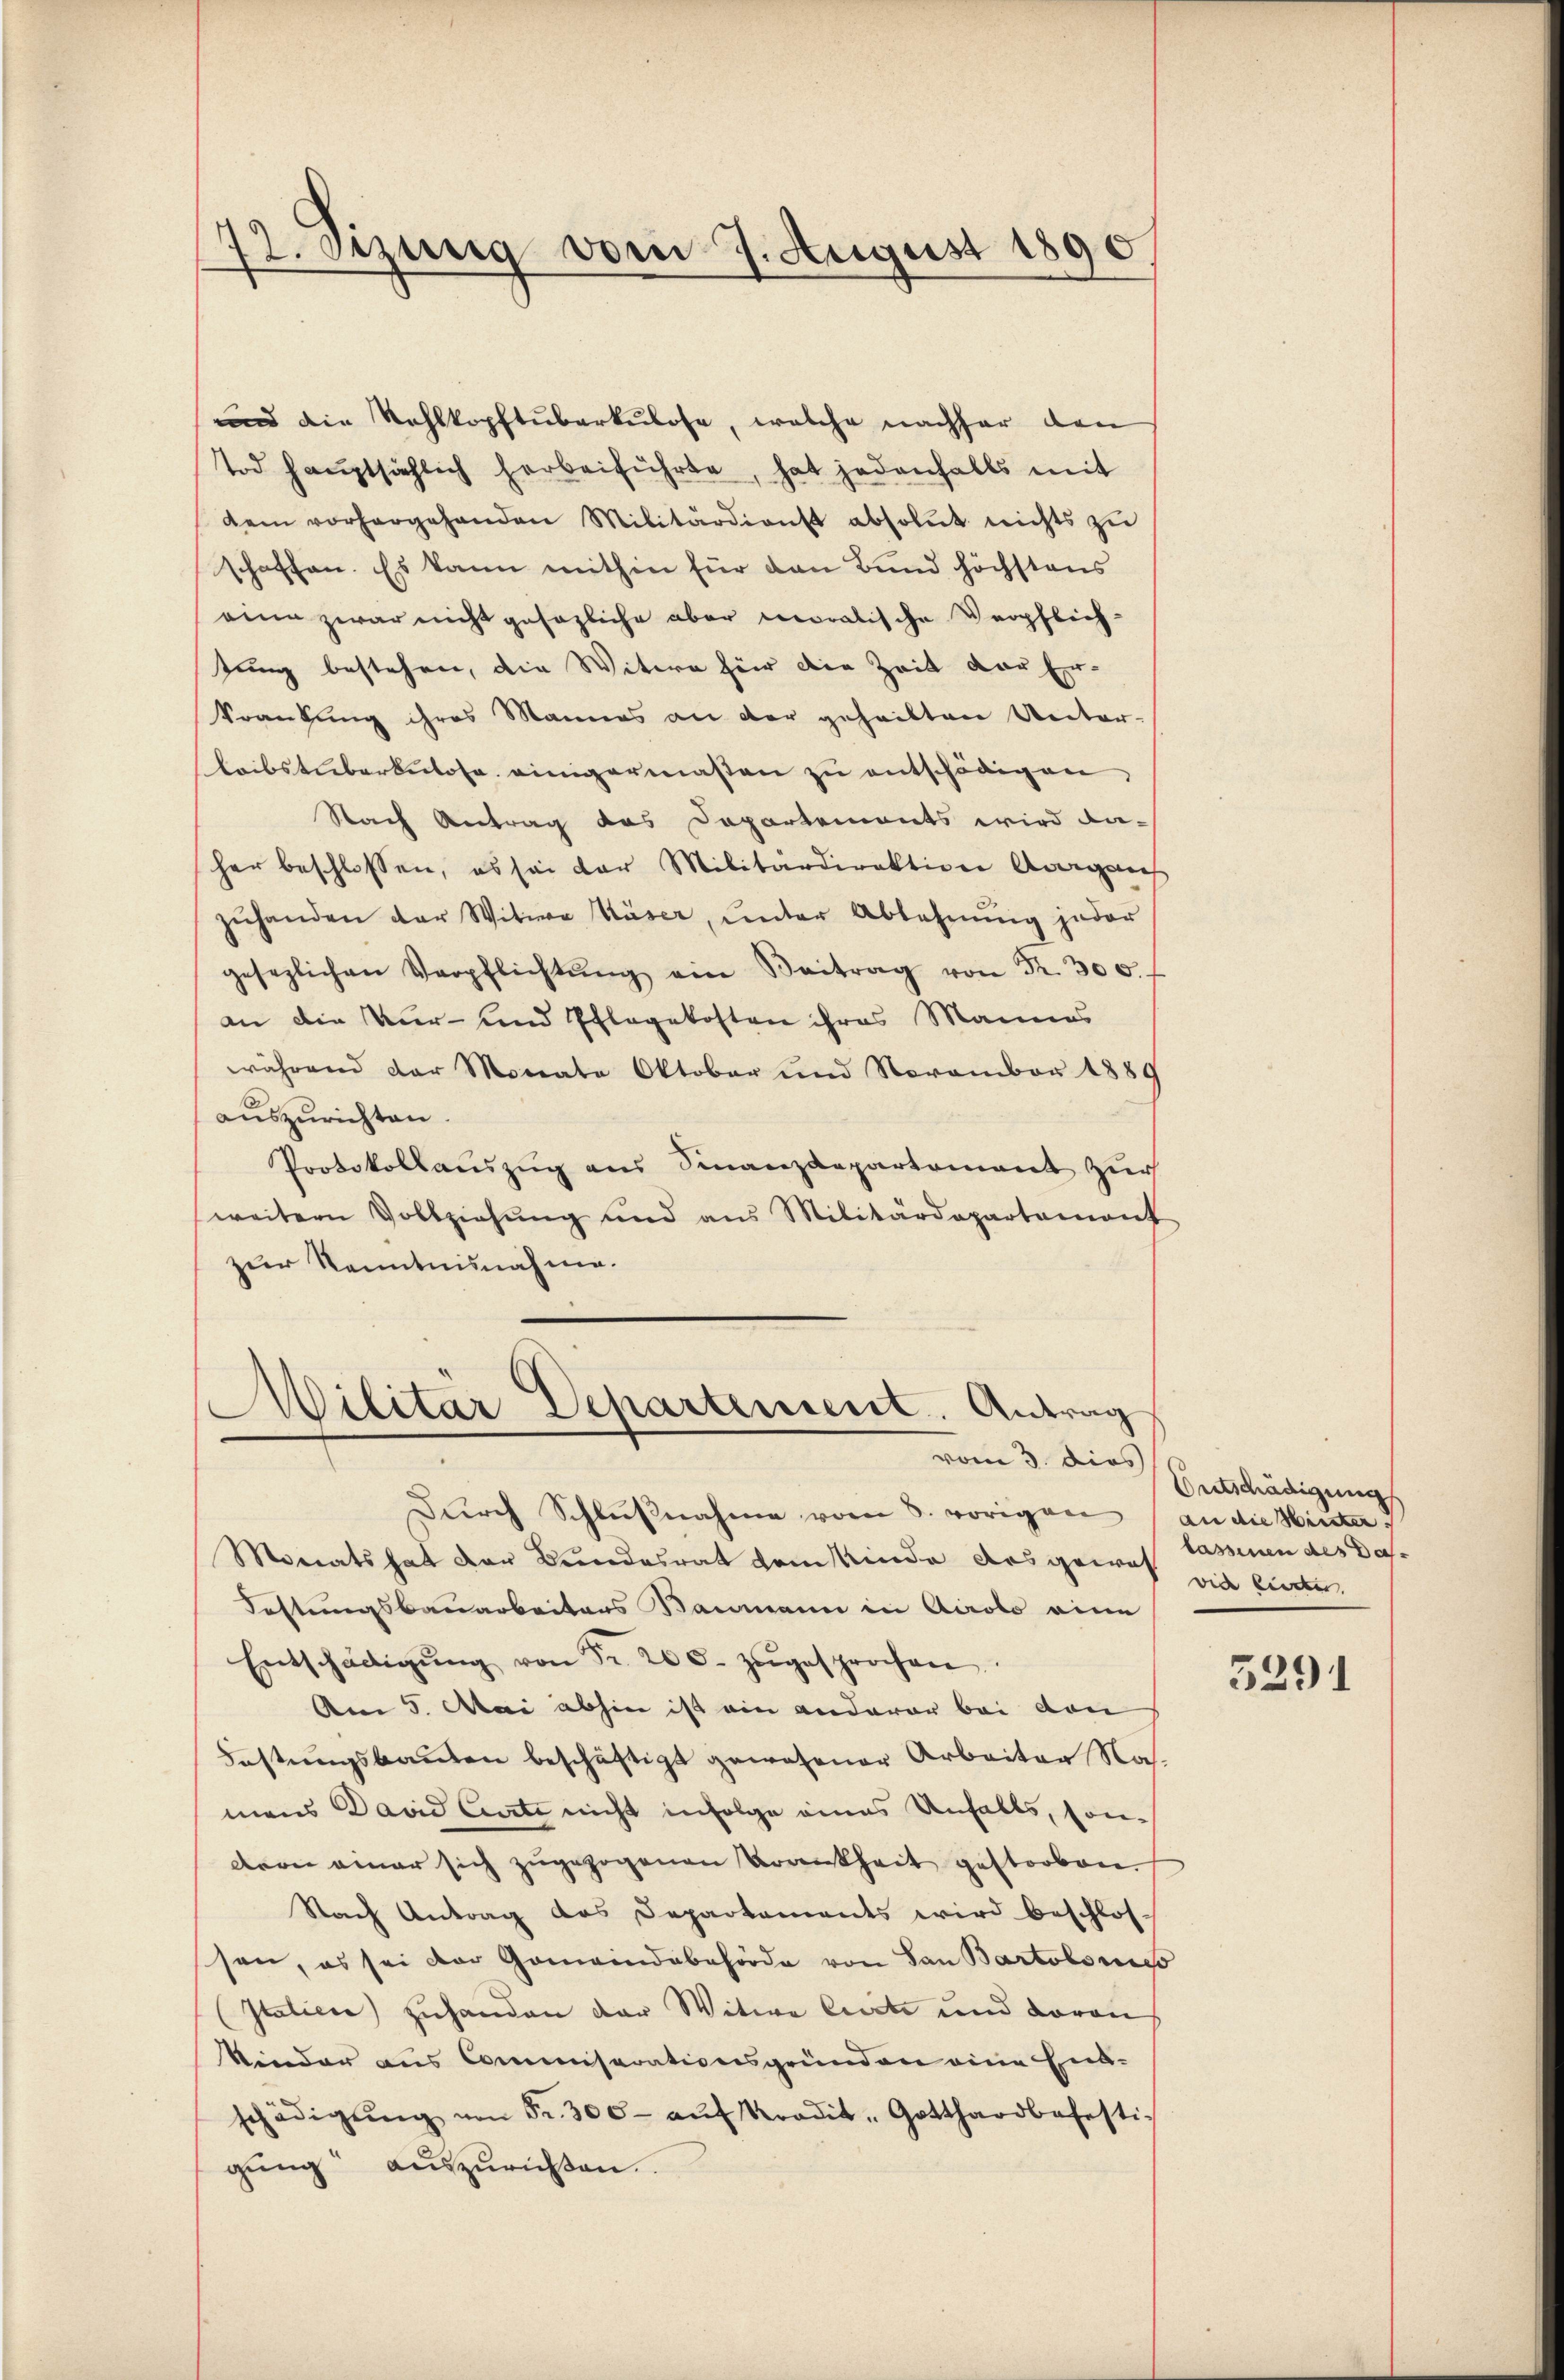
72. Setzung vom 7. August 1890.

und die Wahlkopftuberkulose, welche nachher den
Tod hauptsächlich herbeiführte, hat jedenfalls mit
dem vorhergehenden Militärdienst absolut nichts zŭ
schaffen. Es kann mithin für den Bund höchstens
eine zwar nicht gesezliche aber neoralische Verpflich-
zung bestehen, die Witwe für die Zeit der Er-
Krankung ihres Mannes an der geheilten Unter-
leibstüberkulose einigermaßen zu entschädigen,
Nach Antrag das Departements wird da-
her beschlossen, es sei der Militärdirektion Aargaus
zŭhanden der Witwe Käser, unter Ablehnung jeder
gesezlichen Verpflichtŭng ein Beitrag von Fr. 300.
an die Kur- und Pflegekosten ihres Mannes
während der Monate Oktober und November 1889
auszurichten.
Protokollauszug aus Sinanzdepartement zur
weitern Vollziehŭng und ans Militärdepartement
zur Kenntnisnahme.

Militar Departement. Antrag
vom 3. dies

Durch Schlußnahme vom 8. vorigen an die Hinter
Monats hat der Bundesrat vom Kinde das gewiß wie luce.
Festungsbauarbeitens Baumann in Airolo eine
Entschädigŭng von Fr. 200. zŭgesprochen.
Am 5. Mai abhin ist ein anderer bei von
Festungsbauten beschäftigt gewesener Arbeiten Na-
mans David Curti nicht infolge eines Unfalls, son-
don einer sich zugezogenen Verankheit gestorben.
Nach Antrag das Departaments wird beschlos
sen, es sei der Gemeindebehörde von San Bartolomiss
Italiene) zuhanden der Witwe Curate und daran
Kinder aus Commisarationsgründen eine Ent-
schädigŭng von Fr. 300- aŭf Kredit- Gotthardbafesti-
gung auszurichten.

Ontschädigung
lassenen des Das¬

5291